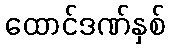
ထောင်ဒဏ်နှစ်